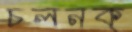
চলনক্